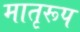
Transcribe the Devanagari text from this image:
मातृरूप